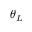
\theta _ { L }